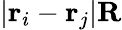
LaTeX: |\mathbf{r}_{i}-\mathbf{r}_{j}|\le R